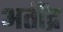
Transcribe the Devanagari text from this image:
अतींद्र